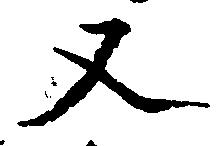
又